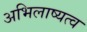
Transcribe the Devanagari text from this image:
अभिलाष्यत्व